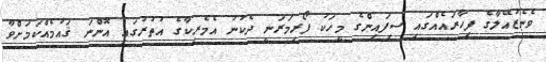
ވެނެޒުއޭލާގެ ފިހާރައެއްގައި ސިފައިންގެ މީހަކު ފޯރިމަރަނީ ދެކުނު އެމެރިކާގެ އުތުރުގައި އޮންނަ ޤައުމެއްކަމަށްވާ